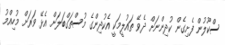
ސްކޫލުން ފެށިގެން ކުދިންނަށް ދެވޭ ތައުލީމަކީ އެކުދިންގެ މުސްތަގްބަލަށް އެޅޭ ވަރަށް މުހިއްމު